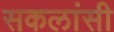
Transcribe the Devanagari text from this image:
सकलांसी